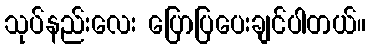
သုပ်နည်းလေး ပြောပြပေးချင်ပါတယ်။